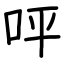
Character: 呯